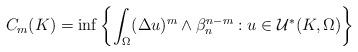
LaTeX: \begin{align*}\begin{aligned}C_m(K)=\inf\left\{\int_{\Omega}(\Delta u)^m\wedge\beta_n^{n-m}: u\in\mathcal{U}^*(K,\Omega)\right\}\end{aligned}\end{align*}